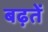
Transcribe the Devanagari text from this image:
बढ़तें